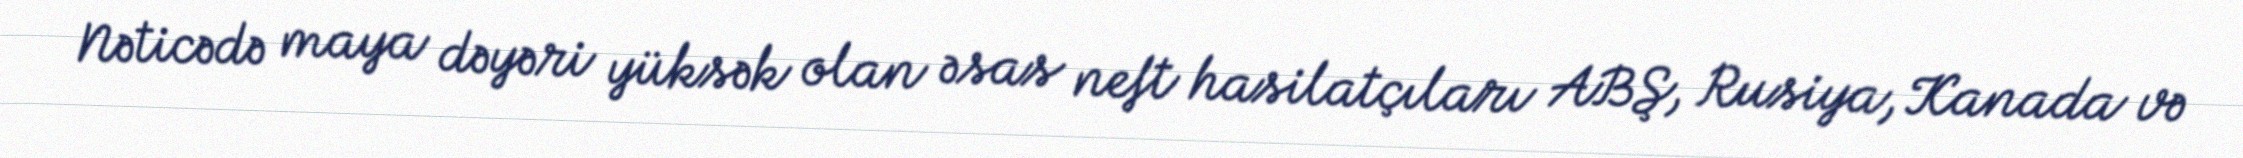
Nəticədə maya dəyəri yüksək olan əsas neft hasilatçıları ABŞ, Rusiya, Kanada və